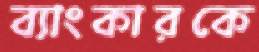
ব্যাংকারকে